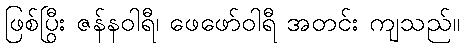
ဖြစ်ပြီး ဇန်နဝါရီ၊ ဖေဖော်ဝါရီ အတွင်း ကျသည်။